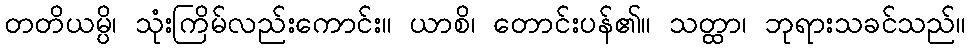
တတိယမ္ပိ၊ သုံးကြိမ်လည်းကောင်း။ ယာစိ၊ တောင်းပန်၏။ သတ္ထာ၊ ဘုရားသခင်သည်။